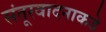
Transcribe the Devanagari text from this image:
संतूरवादनाकडे